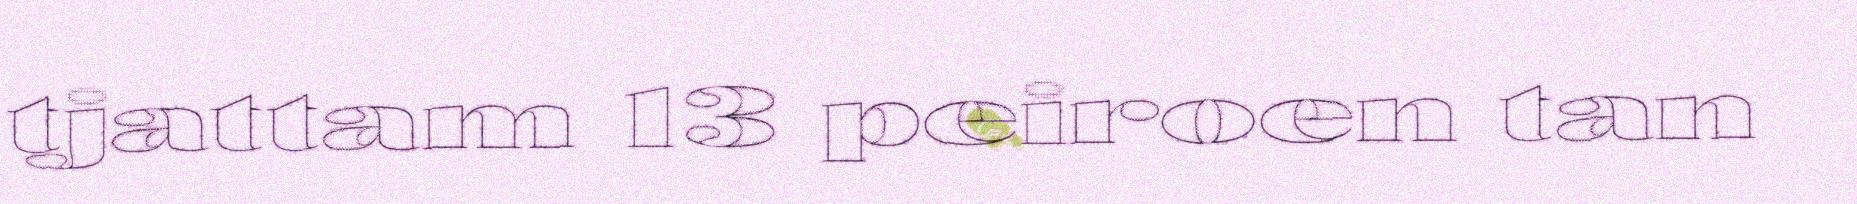
tjattam 13 peiroen tan